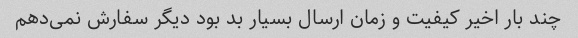
چند بار اخیر کیفیت و زمان ارسال بسیار بد بود دیگر سفارش نمی‌دهم